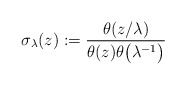
\begin{gather*}\sigma_{\lambda}(z):=\frac{\theta(z/ \lambda)}{\theta(z) \theta\big(\lambda^{-1}\big)}\end{gather*}